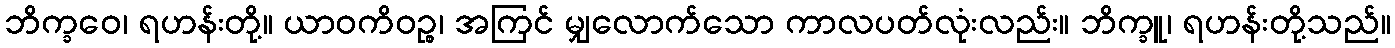
ဘိက္ခဝေ၊ ရဟန်းတို့။ ယာဝကိဝဉ္စ၊ အကြင် မျှလောက်သော ကာလပတ်လုံးလည်း။ ဘိက္ခူ၊ ရဟန်းတို့သည်။